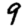
Digit: 9